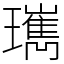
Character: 㼇